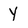
Character: Y